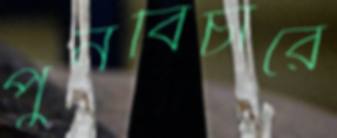
পুনর্বিচারে